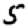
Digit: 5